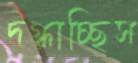
দগ্ধাচ্ছিস